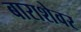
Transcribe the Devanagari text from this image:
बाराशेवर